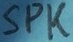
Text: SPK